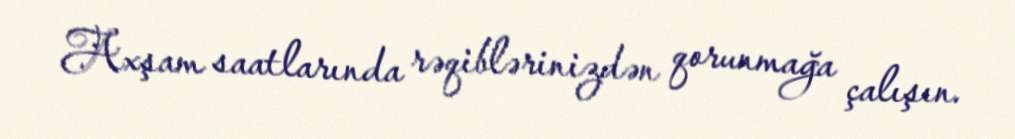
Axşam saatlarında rəqiblərinizdən qorunmağa çalışın.